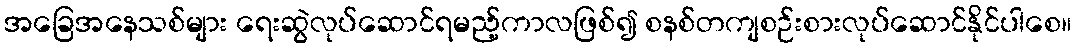
အခြေအနေသစ်များ ရေးဆွဲလုပ်ဆောင်ရမည့်ကာလဖြစ်၍ စနစ်တကျစဉ်းစားလုပ်ဆောင်နိုင်ပါစေ။